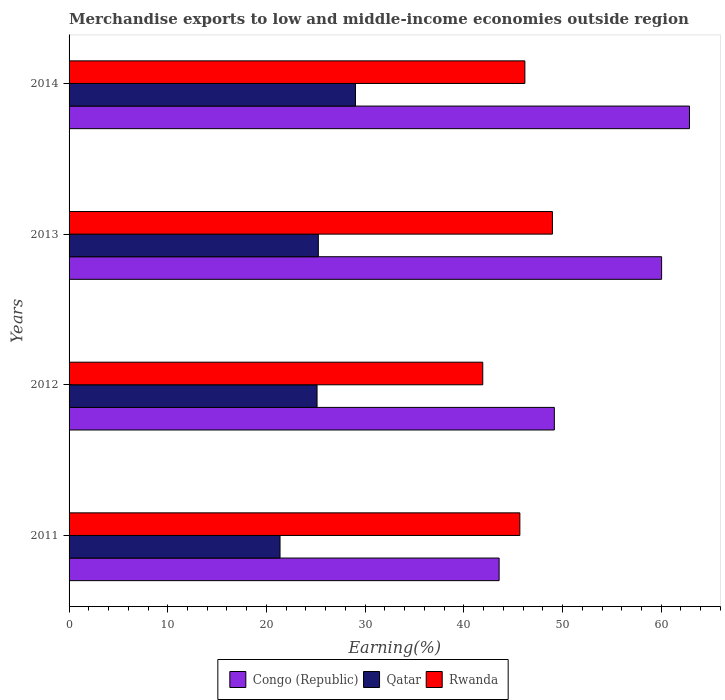
| Years | Congo (Republic) | Qatar | Rwanda |
 | --- | --- | --- | --- |
 | 2011 | 43.6 | 21.4 | 45.7 |
 | 2012 | 49.2 | 25.1 | 41.9 |
 | 2013 | 60 | 25.3 | 49 |
 | 2014 | 62.9 | 29 | 46.2 |